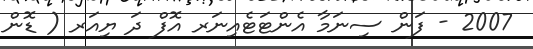
2007 - ފަން ސިނަމާ އެންޓަޓެއިނަރ އޮފް ދަ ޔިއަރ ( ޑޮން